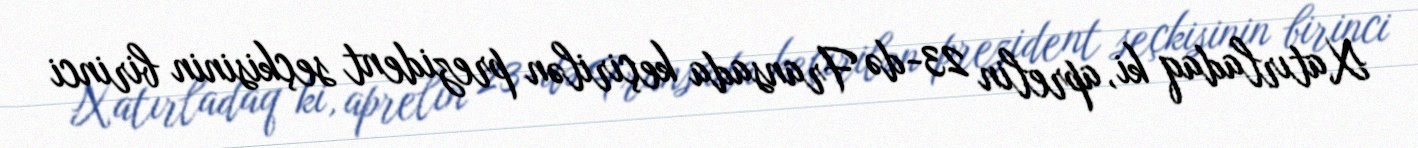
Xatırladaq ki, aprelin 23-də Fransada keçirilən prezident seçkisinin birinci